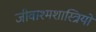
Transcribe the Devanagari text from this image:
जीवाश्मशास्त्रियों